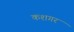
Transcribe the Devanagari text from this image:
कशगर